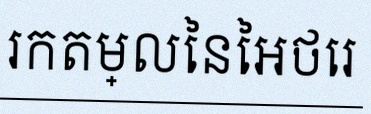
រកតម្លៃនៃអថេរ